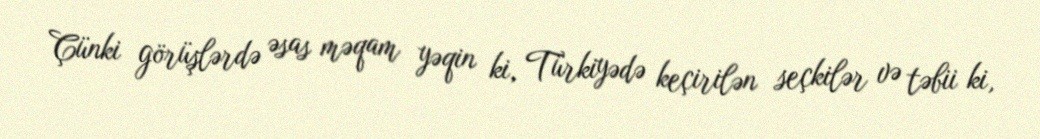
Çünki görüşlərdə əsas məqam yəqin ki, Türkiyədə keçirilən seçkilər və təbii ki,